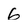
Character: 6